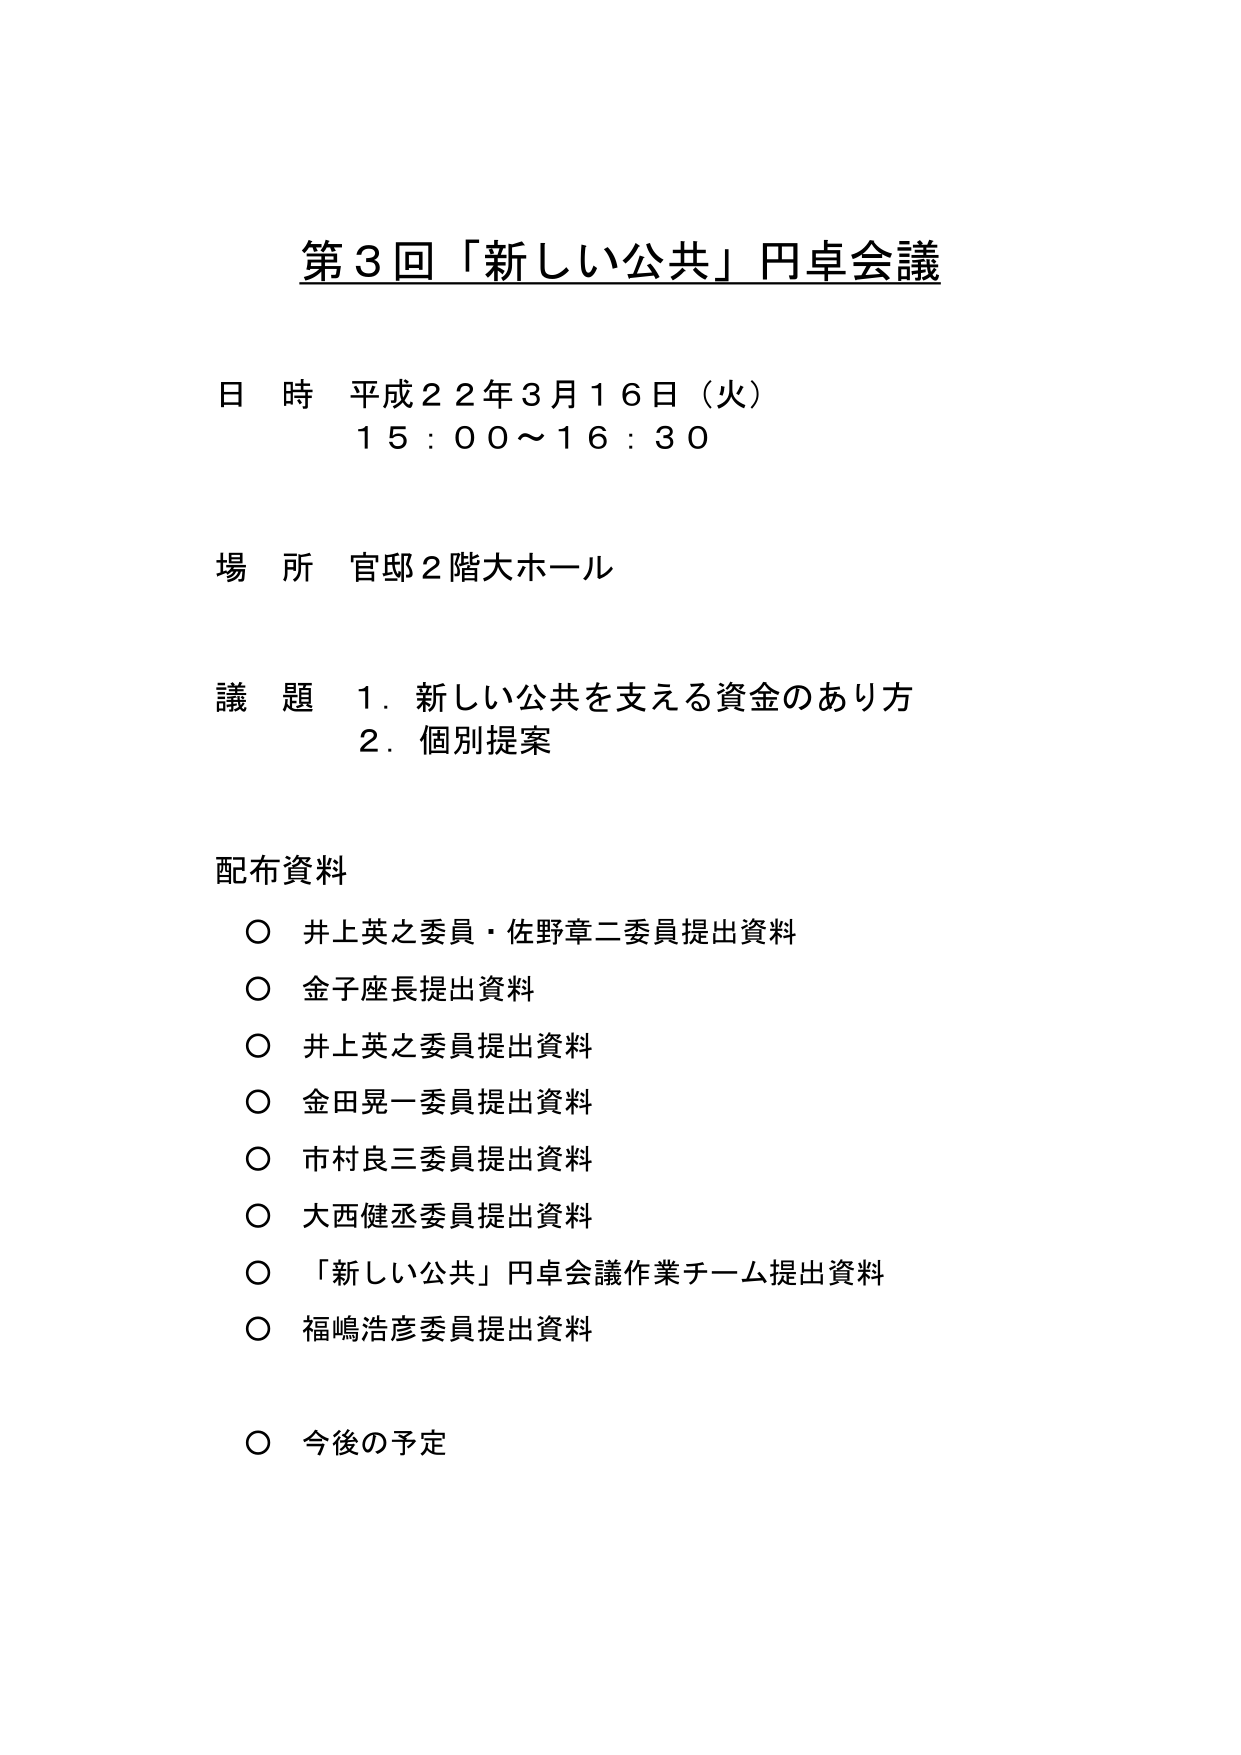
第３回「新しい公共」円卓会議

日 時 平成２２年３月１６日（火）
１５：００～１６：３０

場 所 官邸２階大ホール

議 題 １．新しい公共を支える資金のあり方
　　　２．個別提案

配布資料
○ 井上英之委員・佐野章二委員提出資料
○ 金子座長提出資料
○ 井上英之委員提出資料
○ 金田晃一委員提出資料
○ 市村良三委員提出資料
○ 大西健丞委員提出資料
○ 「新しい公共」円卓会議作業チーム提出資料
○ 福嶋浩彦委員提出資料

○ 今後の予定